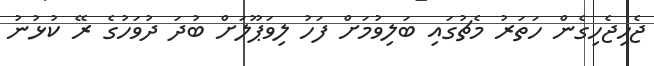
ޖެހިޖެހިގެން ހަތަރު މެޗުގައި ބަލިވުމަށް ފަހު ލިވަޕޫލަށް ބުދަ ދުވަހުގެ ރޭ ކުޅުނު